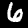
Digit: 6